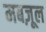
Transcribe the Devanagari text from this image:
मबज़ूल